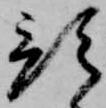
預